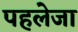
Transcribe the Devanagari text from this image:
पहलेजा